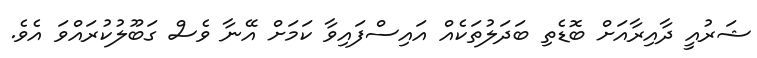
ޝަރުއީ ދާއިރާއަށް ބޮޑެތިި ބަދަލުތަކެއް އައިސްފައިވާ ކަމަށް އޭނާ ވެސް ގަބޫލުކުރައްވަ އެވެ.